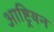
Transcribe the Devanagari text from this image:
आष्ट्रियन